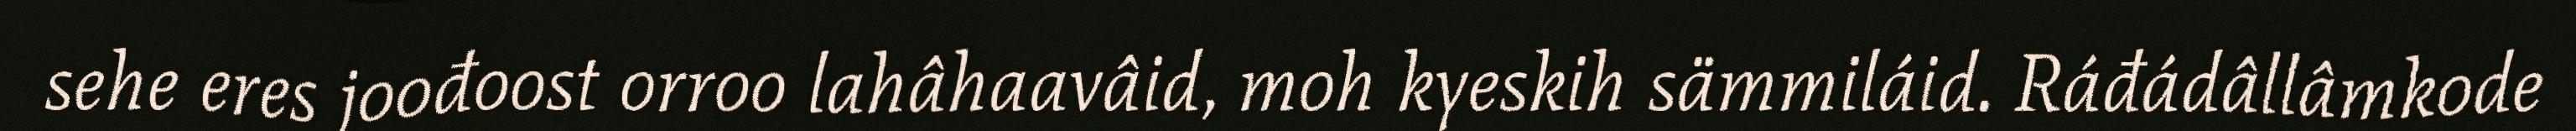
sehe eres joođoost orroo lahâhaavâid, moh kyeskih sämmiláid. Ráđádâllâmkode